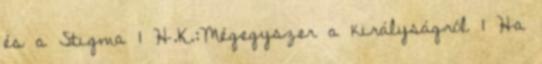
és a Stigma 1 H.K.:Mégegyszer a királyságról 1 Ha